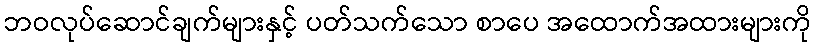
ဘဝလုပ်ဆောင်ချက်များနှင့် ပတ်သက်သော စာပေ အထောက်အထားများကို